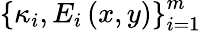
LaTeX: \left\{ \kappa_{i},E_{i}\left(x,y\right)\right\} _{i=1}^{m}